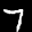
Label: 7